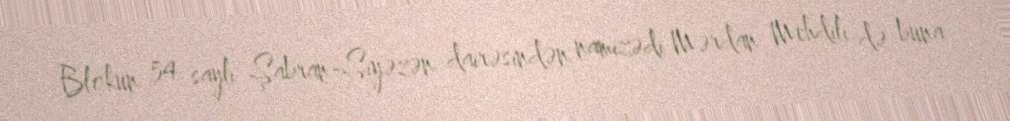
Blokun 54 saylı Şabran-Siyəzən dairəsindən namizədi Mərdan Mehdili də buna